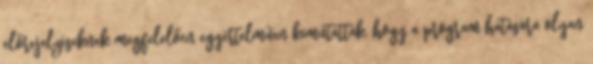
előrejelzéseknek megfelelően egyértelműen kimutatták, hogy a program hatására olyan